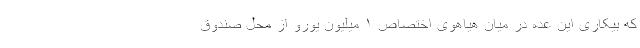
که بیکاری این عده در میان هیاهوی اختصاص ۱ میلیون یورو از محل صندوق